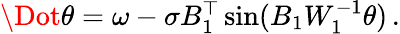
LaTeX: \begin{array}{r}{\Dot{\theta}=\omega-\sigma B_{1}^{\top}\sin(B_{1}W_{1}^{-1}\theta)\, .}\end{array}